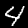
Digit: 4